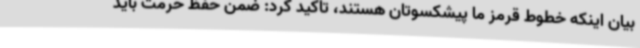
بیان اینکه خطوط قرمز ما پیشکسوتان هستند، تاکید کرد: ضمن حفظ حرمت باید